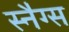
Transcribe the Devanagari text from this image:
स्नैग्स